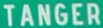
TANGER